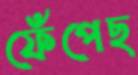
ফেঁপেছ